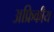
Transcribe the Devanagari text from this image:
अफ्रिकीय